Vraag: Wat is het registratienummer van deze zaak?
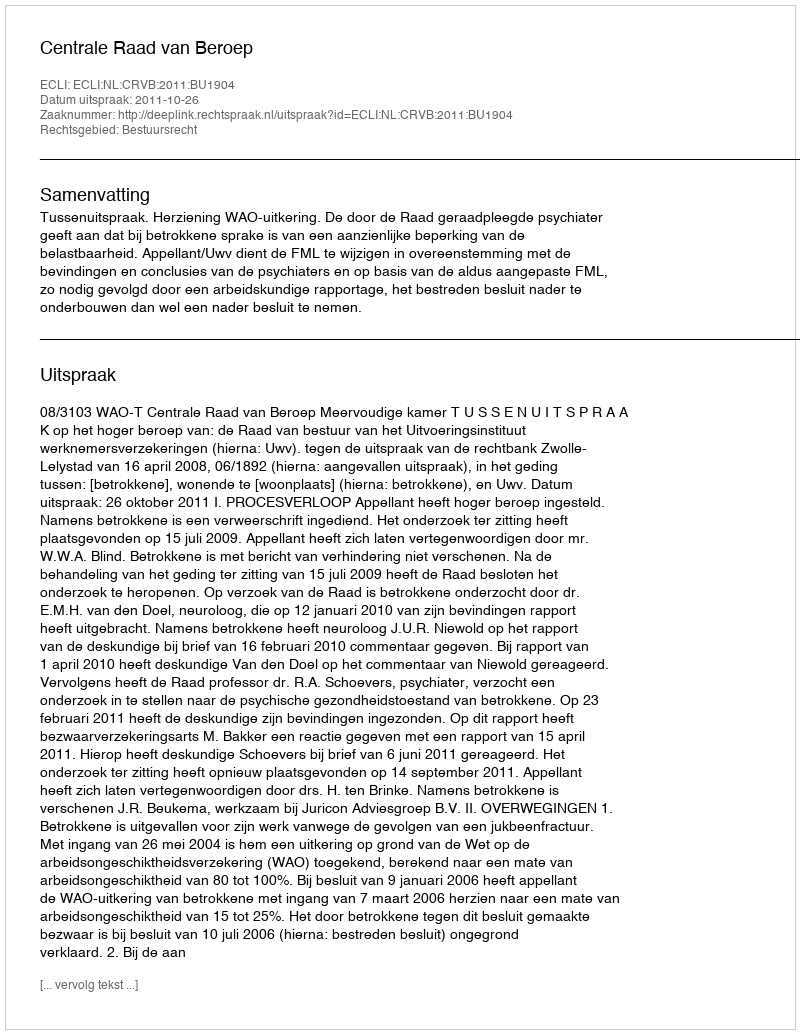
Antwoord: http://deeplink.rechtspraak.nl/uitspraak?id=ECLI:NL:CRVB:2011:BU1904